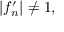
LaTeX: | f _ { n } ^ { \prime } | \neq 1 ,